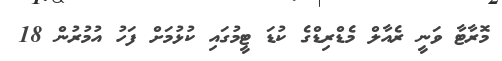
މޮރާޓާ ވަނީ ރެއާލް މެޑްރިޑްގެ ކުޑަ ޓީމުގައި ކުޅުމަށް ފަހު އުމުރުން 18